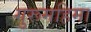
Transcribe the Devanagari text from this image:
गुरूमहिमा